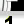
Digit: 1